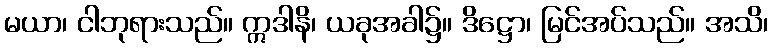
မယာ၊ ငါဘုရားသည်။ ဣဒါနိ၊ ယခုအခါ၌။ ဒိဋ္ဌော၊ မြင်အပ်သည်။ အသိ၊